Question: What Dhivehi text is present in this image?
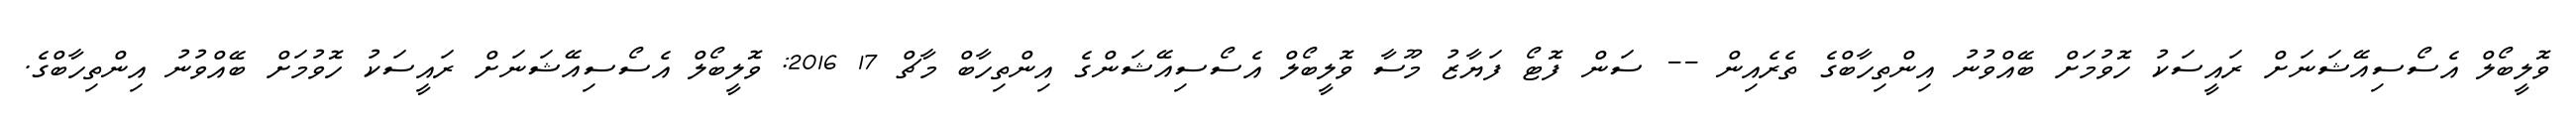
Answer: ވޮލީބޯލް އެސޯސިއޭޝަނަށް ރައީސަކު ހޮވުމަށް ބޭއްވުނު އިންތިހާބްގެ ތެރެއިން -- ސަން ފޮޓޯ ފަޔާޒު މޫސާ ވޮލީބޯލް އެސޯސިއޭޝަންގެ އިންތިހާބް މާޗް 17 2016: ވޮލީބޯލް އެސޯސިއޭޝަނަށް ރައީސަކު ހޮވުމަށް ބޭއްވުނު އިންތިހާބްގެ.